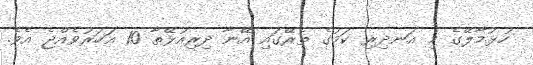
ހުޅުމާލޭގެ މި އަނދިރި ކަމުގެ ތެރޭގައި އޭނާ ދިރިއުޅޭތާ 10 އަހަރުވެއްޖެ އެވެ.